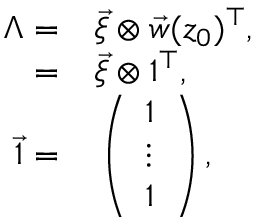
\begin{array} { r l } { \Lambda = } & { { } \vec { \xi } \otimes \vec { w } ( z _ { 0 } ) ^ { \top } , } \\ { = } & { { } \vec { \xi } \otimes 1 ^ { \top } , } \\ { \vec { 1 } = } & { { } \left( \begin{array} { l } { 1 } \\ { \vdots } \\ { 1 } \end{array} \right) , } \end{array}